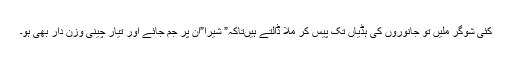
کئی شوگر ملیں تو جانوروں کی ہڈیاں تک پیس کر ملا ڈالتے ہیںتاکہ” شیرا”ان پر جم جائے اور تیار چینی وزن دار بھی ہو۔